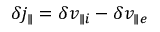
\delta j _ { \parallel } = \delta v _ { \parallel i } - \delta v _ { \parallel e }